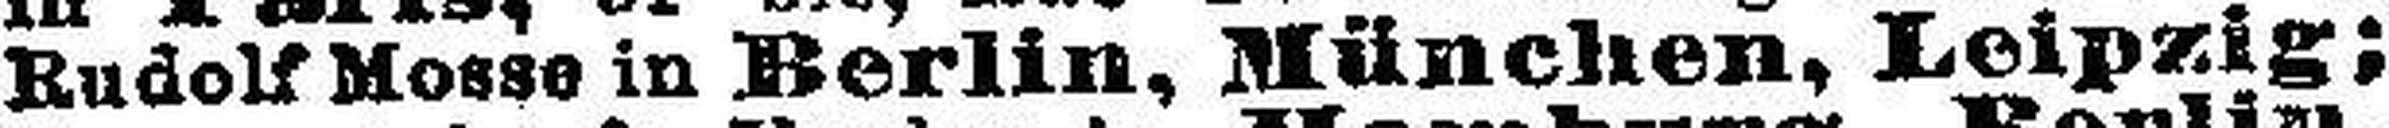
Rudolf Mosse in Berlin, München, Leipzig;